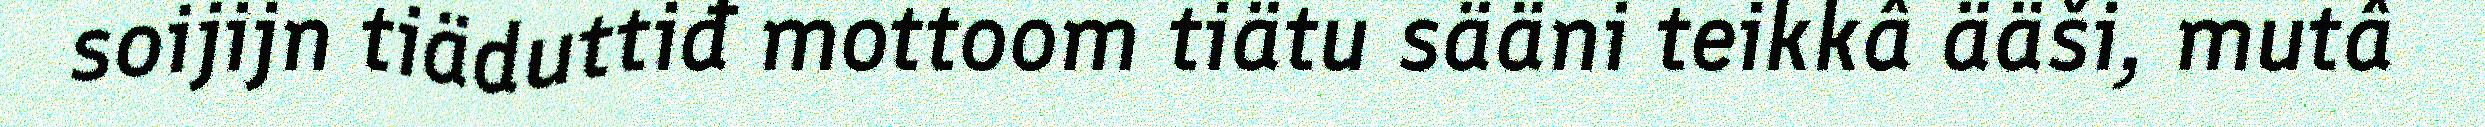
soijijn tiäduttiđ mottoom tiätu sääni teikkâ ääši, mutâ